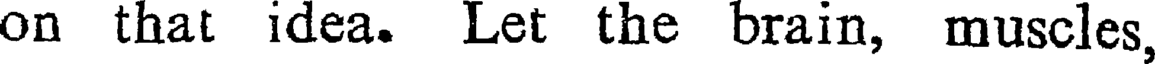
on that idea. Let the brain, muscles,